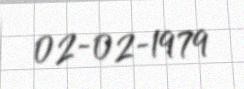
02-02-1979